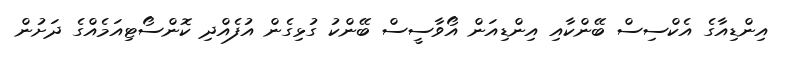
އިންޑިއާގެ އެކްސިސް ބޭންކާއި އިންޑިއަން އޯވާސީސް ބޭންކު ގުޅިގެން އުފެއްދި ކޮންސޯޓިއަމެއްގެ ދަށުން